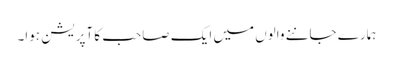
ہمارے جاننے والوں میں ایک صاحب کا آپریشن ہوا۔